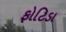
ફોટિડા